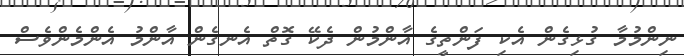
ނިންމުމާ ގުޅިގެން އެކި ފަންތީގެ އާންމުން ދެކޭ ގޮތް އެނގެން އާންމު އެންމެންވެސް